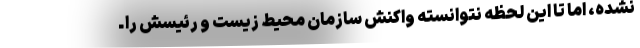
نشده، اما تا این لحظه نتوانسته واکنش سازمان محیط زیست و رئیسش را ـ